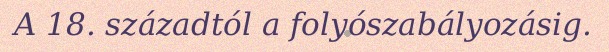
A 18. századtól a folyószabályozásig.